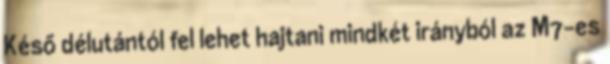
Késő délutántól fel lehet hajtani mindkét irányból az M7-es